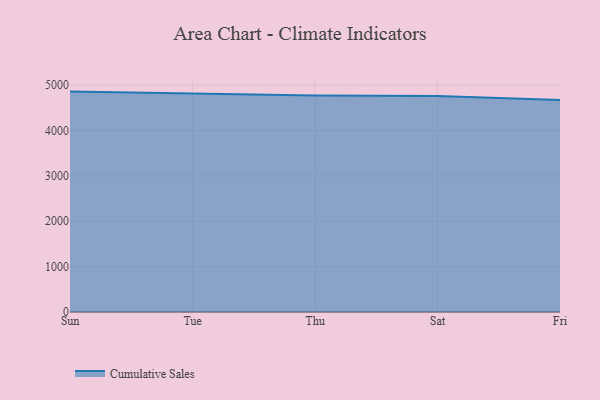
{"axis": {"x": "Day", "y": "Production Output"}, "legend": ["Cumulative Sales"], "data": [{"x": "Sun", "y": 4855.0, "type": "Cumulative Sales"}, {"x": "Tue", "y": 4815.0, "type": "Cumulative Sales"}, {"x": "Thu", "y": 4770.0, "type": "Cumulative Sales"}, {"x": "Sat", "y": 4757.7, "type": "Cumulative Sales"}, {"x": "Fri", "y": 4672.5, "type": "Cumulative Sales"}]}